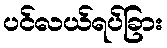
ပင်လယ်ရပ်ခြား